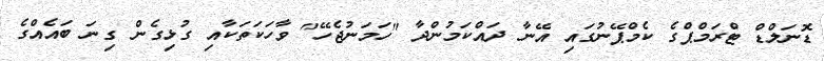
ޑޮނަލްޑް ޓްރަމްޕްގެ ކެމްޕޭނުގައި އޭނާ ދައްކަމުންދާ "ހަމަނުޖެހޭ" ވާހަކަތަކާއި ގުޅިގެން ގިނަ ބައެއްގެ